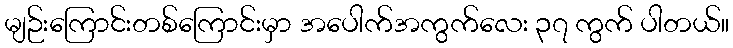
မျဉ်းကြောင်းတစ်ကြောင်းမှာ အပေါက်အကွက်လေး ၃၇ ကွက် ပါတယ်။